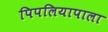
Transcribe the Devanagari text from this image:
पिपलियापाला